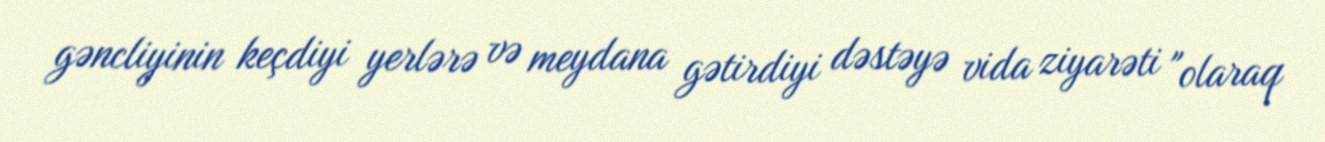
gəncliyinin keçdiyi yerlərə və meydana gətirdiyi dəstəyə vida ziyarəti "olaraq